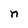
Character: n